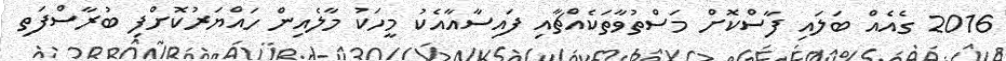
2016 ގެއެއް ބަލައި ފާސްކޮށް މަސްތުވާތަކެއްޗާއި ފައިސާއާއެކު މީހަކު މާލެއިން ހައްޔަރުކޮށްފި ބުރާސްފަތި